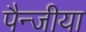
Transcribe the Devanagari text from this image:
पैन्जीया